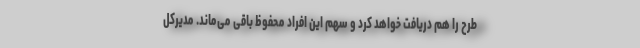
طرح را هم دریافت خواهد کرد و سهم این افراد محفوظ باقی می‌ماند. مدیرکل